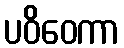
ပဝိဝေကာ